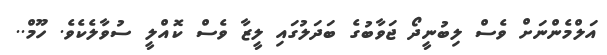
އަލްމެންނަށް ވެސް ލިބުނީދޯ ޖަވާބުގެ ބަދަލުގައި ލީޒާ ވެސް ކޮއްލީ ސުވާލެކެވެ. ހޫމް..